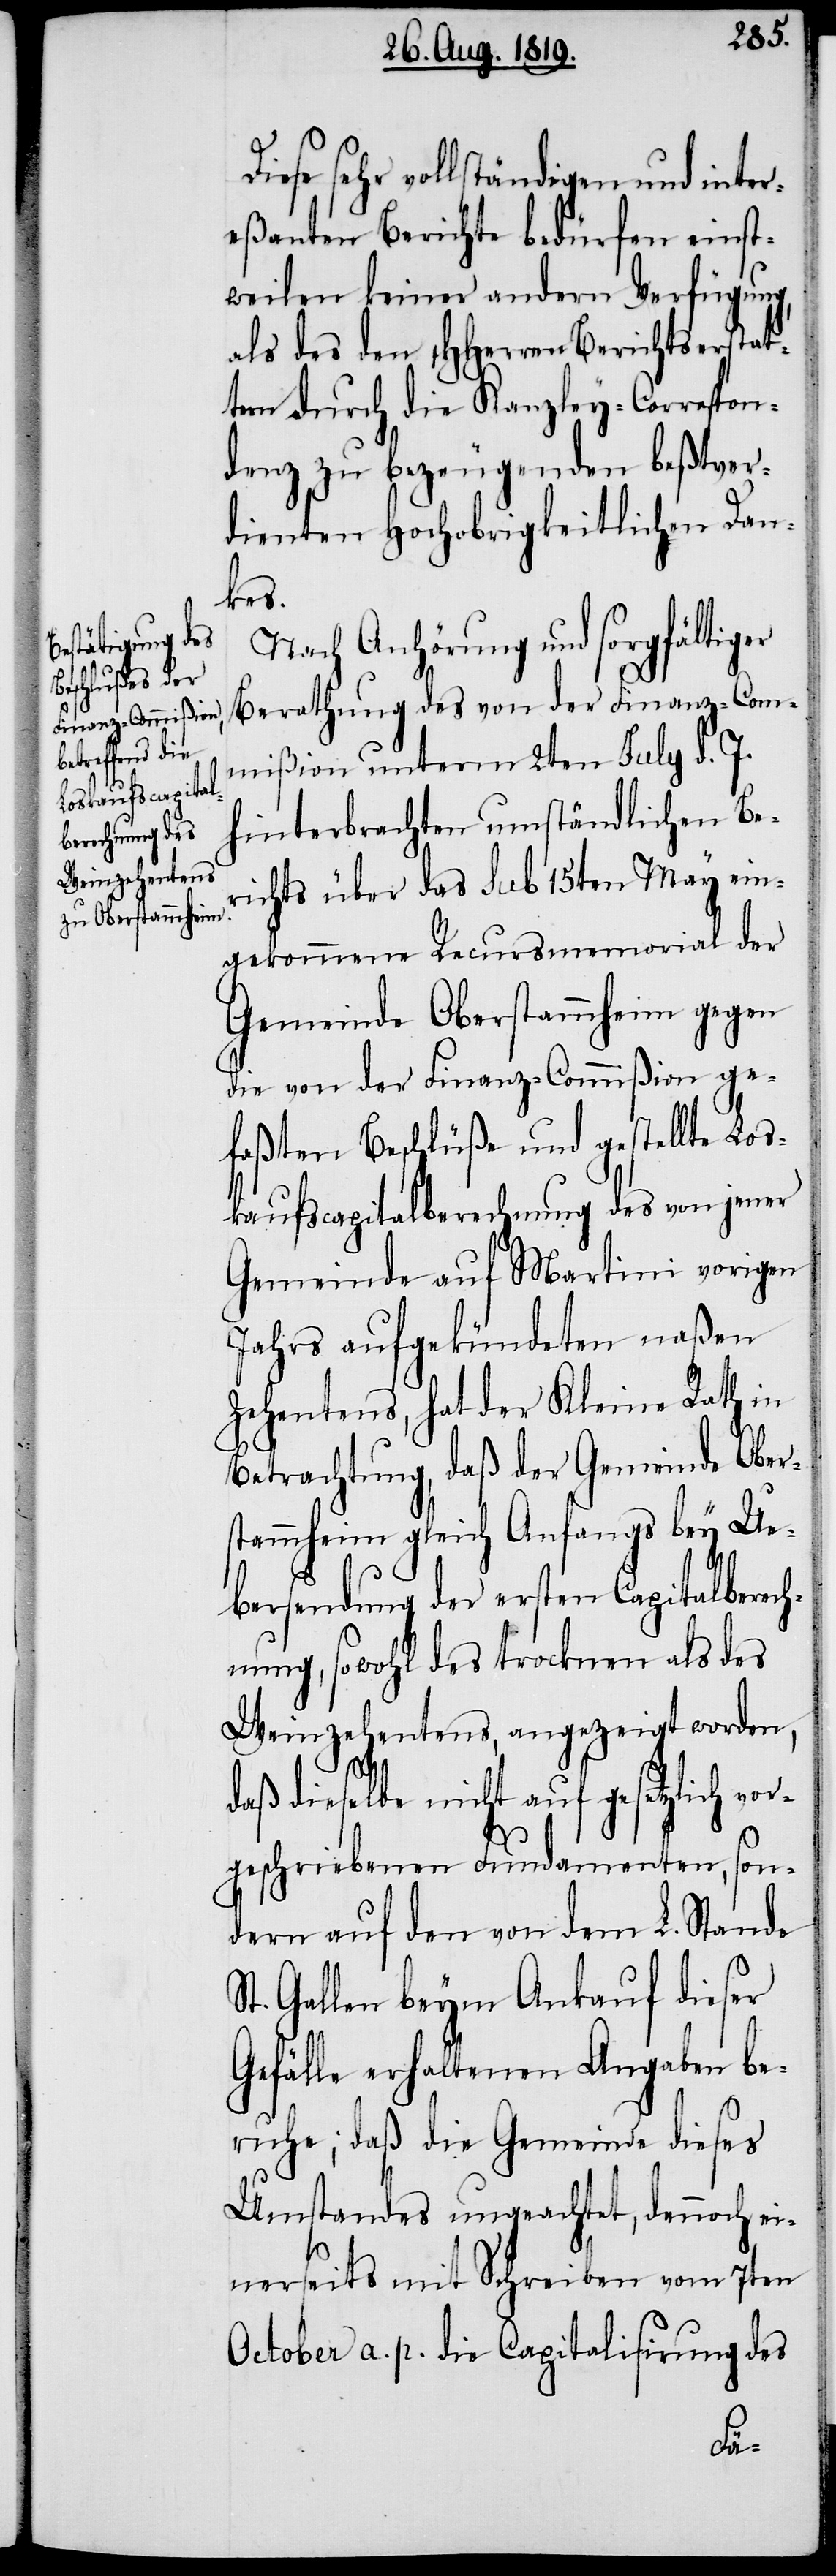
iese sehr vollständigen und inter¬
eßanten Berichte bedürfen einst¬
weilen keiner andern Verfügung,
als des den HHerren Berichtserstat¬
tern durch die Kanzley-Correspon¬
denz zu bezeugenden beßtver¬
dienten Hochobrigkeitlichen Dan¬
kes.
Nach Anhörung und sorgfältiger
Berathung des von der Finanz-Com¬
mißion unterm 2ten July d. J.
hinterbrachten umständlichen Be¬
richts über das sub 15ten May ein¬
gekommene Recursmemorial der
Gemeinde Oberstammheim gegen
die von der Finanz-Commißion ge¬
faßten Beschlüße und gestellte Los¬
kaufscapitalberechnung des von jener
Gemeinde auf Martini vorigen
Jahrs aufgekündeten naßen
Zehentens, hat der Kleine Rath in
Betrachtung, daß der Gemeinde Ober¬
stammheim gleich Anfangs bey Ue¬
bersendung der ersten Capitalberech¬
nung, sowohl des trocknen als des
Weinzehentens, angezeigt worden,
daß dieselbe nicht auf gesetzlich vor¬
geschriebenen Fundamenten, son¬
dern auf den von dem L. Stande
t. Gallen beym Ankauf dieser
Gefälle erhaltenen Angaben be¬
ruhe; daß die Gemeinde dieses
Umstandes ungeachtet, dennoch ei¬
nerseits mit Schreiben vom 7ten
October a. p. die Capitalisirung des
S¬